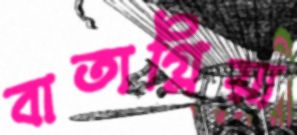
বাতাগ্লিয়া